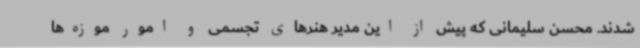
شدند. محسن سلیمانی که پیش از این مدیر هنرهای تجسمی و امور موزه‌ها